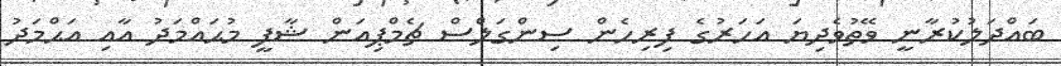
ބައްދަލުކުރާނީ ވޭތުވެދިޔަ އަހަރުގެ ފިރިހެން ސިންގަލްސް ޗެމްޕިއަން ޝާފީ މުޙައްމަދު އާއި އަޙްމަދު